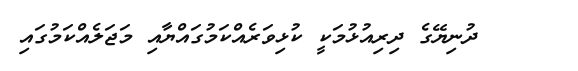
ދުނިޔޭގެ ދިރިއުޅުމަކީ ކުޅިވަރެއްކަމުގައްޔާއި މަޖަލެއްކަމުގައި